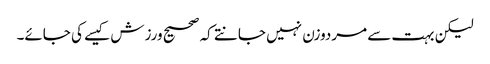
لیکن بہت سے مردوزن نہیں جانتے کہ صحیح ورزش کیسے کی جائے۔